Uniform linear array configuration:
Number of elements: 24
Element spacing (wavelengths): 0.25
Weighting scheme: uniform
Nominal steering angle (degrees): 0
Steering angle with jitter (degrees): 0.3711
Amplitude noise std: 0.05
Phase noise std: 0.05

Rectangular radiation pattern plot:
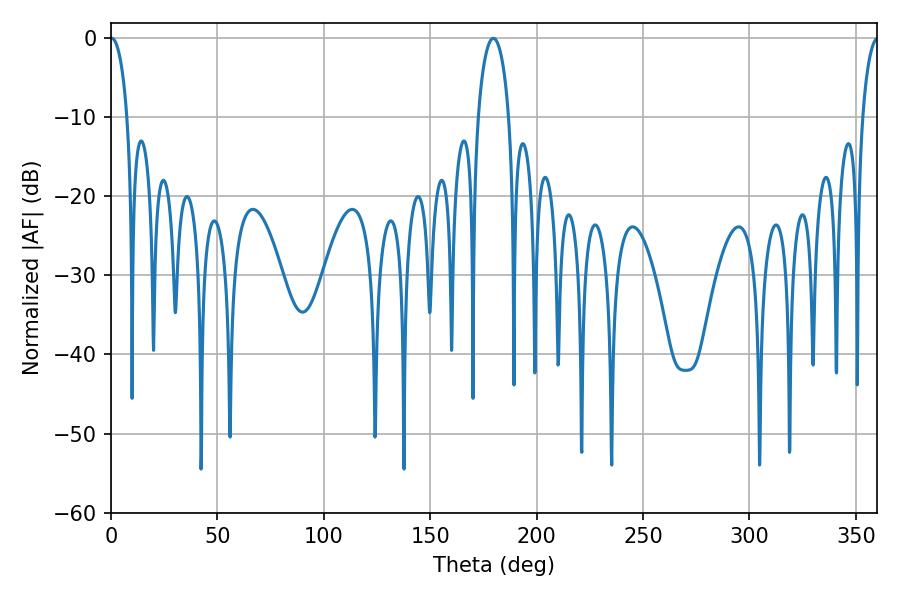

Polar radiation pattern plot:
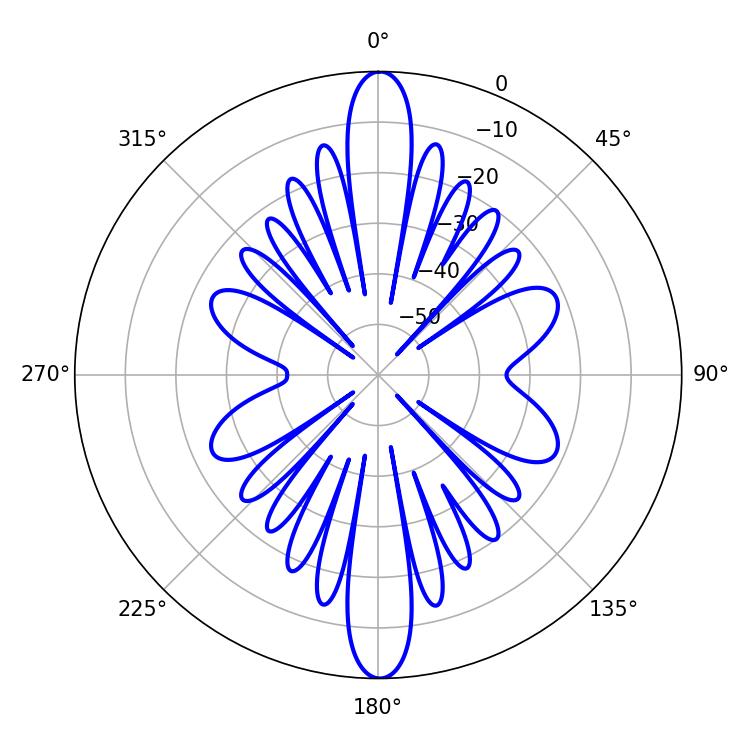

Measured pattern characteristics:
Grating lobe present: FALSE
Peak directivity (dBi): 26.88
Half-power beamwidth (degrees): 4.5
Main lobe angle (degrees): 0.36